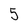
Character: 5